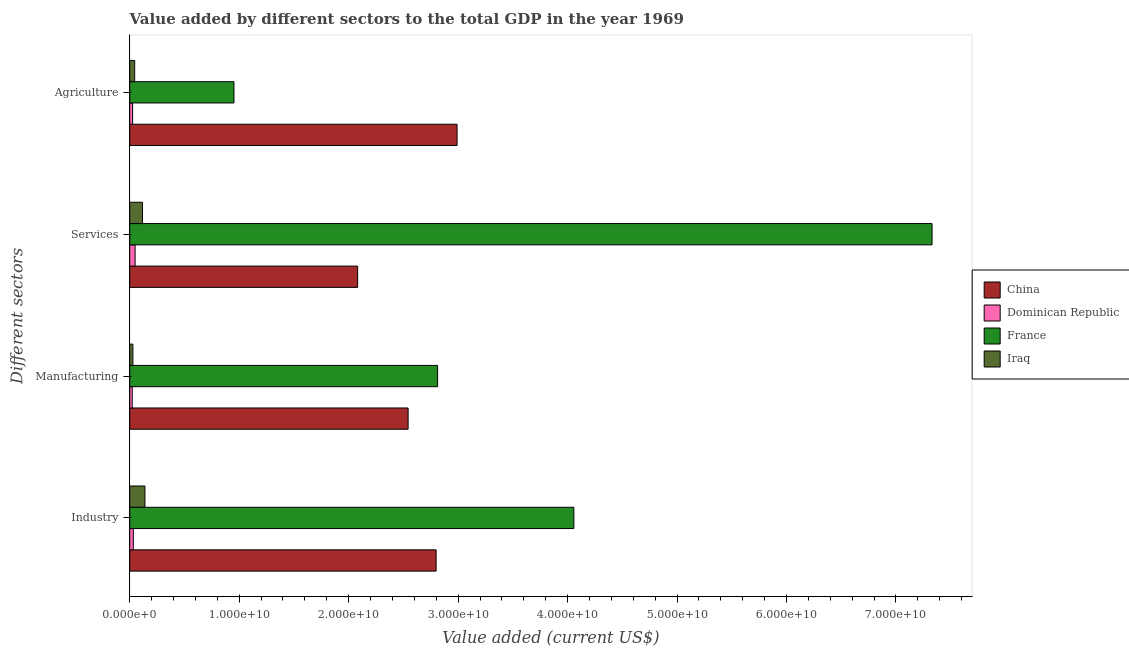
| Different sectors | China | Dominican Republic | France | Iraq |
 | --- | --- | --- | --- | --- |
 | Industry | 2.8e+10 | 3.27e+08 | 4.06e+10 | 1.39e+09 |
 | Manufacturing | 2.54e+10 | 2.3e+08 | 2.81e+10 | 2.88e+08 |
 | Services | 2.08e+10 | 4.9e+08 | 7.33e+10 | 1.17e+09 |
 | Agriculture | 2.99e+10 | 2.62e+08 | 9.52e+09 | 4.52e+08 |